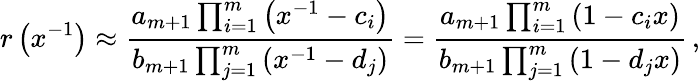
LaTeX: r\left(x^{-1}\right)\approx\frac{a_{m+1}\prod_{i=1}^{m}\left(x^{-1}-c_{i}\right)}{b_{m+1}\prod_{j=1}^{m}\left(x^{-1}-d_{j}\right)}=\frac{a_{m+1}\prod_{i=1}^{m}\left(1-c_{i}x\right)}{b_{m+1}\prod_{j=1}^{m}\left(1-d_{j}x\right)}\, ,